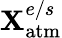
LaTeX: \mathbf{X}_{\mathrm{{atm}}}^{e/s}